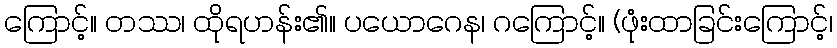
ကြောင့်။ တဿ၊ ထိုရဟန်း၏။ ပယောဂေန၊ ဂကြောင့်။ (ဖုံးထာခြင်းကြောင့်၊